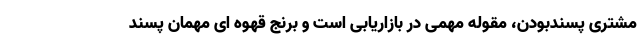
مشتری پسندبودن، مقوله مهمی در بازاریابی است و برنج قهوه ای مهمان پسند